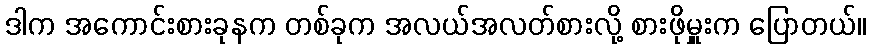
ဒါက အကောင်းစားခုနက တစ်ခုက အလယ်အလတ်စားလို့ စားဖိုမှူးက ပြောတယ်။